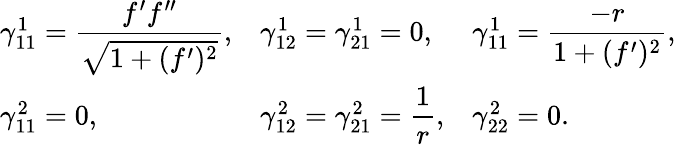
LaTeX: \begin{array}{lll}{\gamma_{11}^{1}=\displaystyle\frac{f^{\prime}f^{\prime\prime}}{\sqrt{1+(f^{\prime})^{2}}},}&{\gamma_{12}^{1}=\gamma_{21}^{1}=0,}&{\gamma_{11}^{1}=\displaystyle\frac{-r}{1+(f^{\prime})^{2}},}\\ {\gamma_{11}^{2}=0,}&{\gamma_{12}^{2}=\gamma_{21}^{2}=\displaystyle\frac{1}{r},}&{\gamma_{22}^{2}=0.}\end{array}